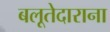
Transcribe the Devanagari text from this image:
बलूतेदाराना